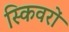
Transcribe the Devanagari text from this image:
स्किवरों